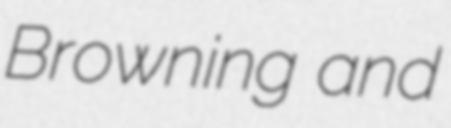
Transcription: Browning and